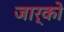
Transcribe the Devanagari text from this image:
जार्को